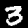
Label: 3